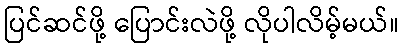
ပြင်ဆင်ဖို့ ပြောင်းလဲဖို့ လိုပါလိမ့်မယ်။